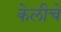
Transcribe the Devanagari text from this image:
केलीचे